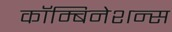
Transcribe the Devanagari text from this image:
कॉम्बिनेशन्स